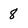
Character: 8